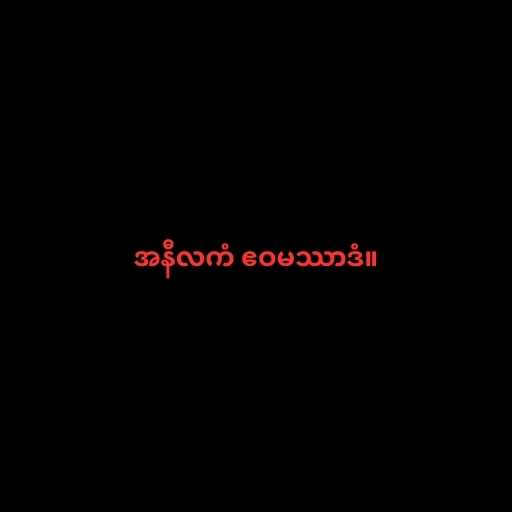
အနီလကံ ဧဝမဿာဒံ။